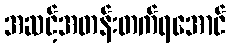
အဆင့်အတန်းတက်ရအောင်